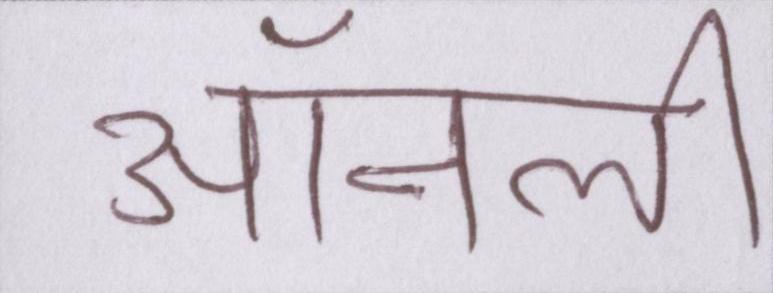
ऑनली